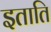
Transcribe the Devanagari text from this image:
इताति